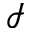
\mathcal { I }